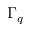
\Gamma _ { q }